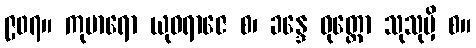
၉၀၇။ ကုမာရော ယုဝရာဇေ စ၊ ခန္ဒေ ဝုတ္တော သုသုမှိ စ။